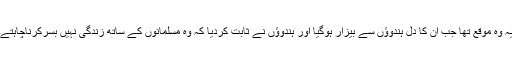
یہ وہ موقع تھا جب ان کا دل ہندوؤں سے بیزار ہوگیا اور ہندوؤں نے ثابت کردیا کہ وہ مسلمانوں کے ساتھ زندگی نہیں بسرکرناچاہتے۔